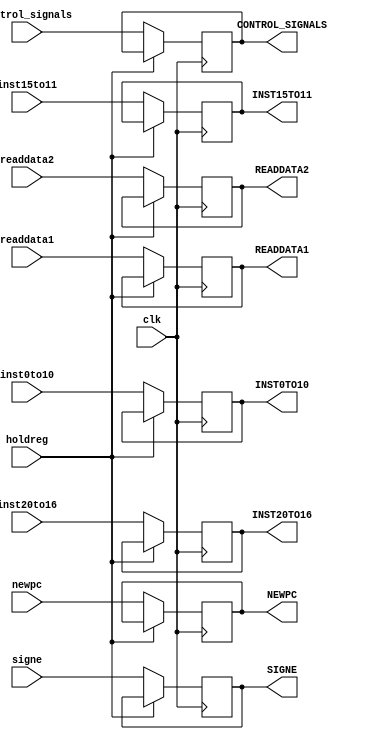

//ID_EX REGISTER

module ID_EX(holdreg,inst20to16,inst15to11,readdata1,readdata2,newpc,signe,control_signals,inst0to10,clk,
	         INST20TO16,INST15TO11,READDATA1,READDATA2,NEWPC,SIGNE,CONTROL_SIGNALS,INST0TO10);
input holdreg;
input [4:0] inst20to16,inst15to11;
input [31:0] readdata1,readdata2,newpc,signe; //newpc is pc+4 (output of adder)
input [9:0] control_signals; //RegDst 2 bit  ,AlUSrc,MemtoReg 2bit,RegWrite, Memread,Memwrite,AluOP(2bits) //memread to alusrc = 5 to 0 respectivelyd
input [10:0] inst0to10; // inst[5:0] needed by alucontrol && inst[10:6] needed by Alu to make SLL
input clk ; 
output reg [4:0] INST20TO16,INST15TO11;
output reg [31:0] READDATA1,READDATA2,NEWPC,SIGNE;
output reg [9:0] CONTROL_SIGNALS;
output reg [10:0] INST0TO10;
always @ (posedge clk)
begin

if(holdreg==0)
begin
  READDATA1 <= readdata1;
  READDATA2 <= readdata2;
  NEWPC<=newpc;
  SIGNE <= signe;
  CONTROL_SIGNALS <= control_signals;
  INST0TO10 <= inst0to10;
  INST15TO11<=inst15to11;
  INST20TO16<=inst20to16;
end
end

endmodule